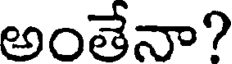
అంతేనా?